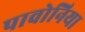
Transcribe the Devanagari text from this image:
पावोनिया